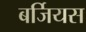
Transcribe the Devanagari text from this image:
बर्जियस